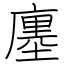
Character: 廛